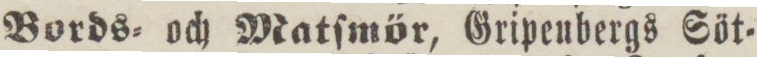
Bords= och Matſmör, Gripeubergs Söt=